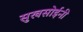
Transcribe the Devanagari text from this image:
सुखसोईनी